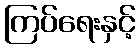
ကြပ်ရေးနှင့်